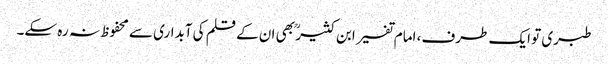
طبری تو ایک طرف، امام تفسیر ابن کثیر ؒ بھی ان کے قلم کی آبداری سے محفوظ نہ رہ سکے۔